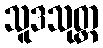
သူဒသုတ္တ